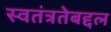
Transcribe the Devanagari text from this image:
स्वतंत्रतेबद्दल